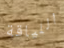
اللياقة